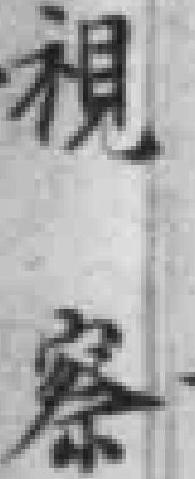
視察